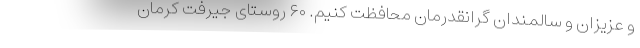
و عزیزان و سالمندان گرانقدرمان محافظت کنیم. ۶۰ روستای جیرفت کرمان